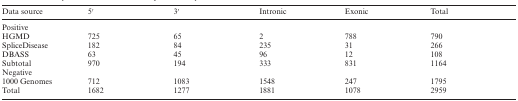
| Data source | 5′ | 3′ | Intronic | Exonic | Total |
 | --- | --- | --- | --- | --- | --- |
 | <COLSPAN=6> Positive |
 | HGMD | 725 | 65 | 2 | 788 | 790 |
 | SpliceDisease | 182 | 84 | 235 | 31 | 266 |
 | DBASS | 63 | 45 | 96 | 12 | 108 |
 | Subtotal | 970 | 194 | 333 | 831 | 1164 |
 | <COLSPAN=6> Negative |
 | 1000 Genomes | 712 | 1083 | 1548 | 247 | 1795 |
 | Total | 1682 | 1277 | 1881 | 1078 | 2959 |